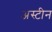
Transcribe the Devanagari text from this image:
अस्टीन